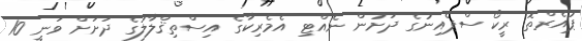
ޕުއެރްތޮ ރީކޯ ސްޕެއިނުގެ ދަށުން ނެއްޓި އެމެރިކާގެ އިސްތިޤްލާލުގެ ދަށަށް ވަނީ 10